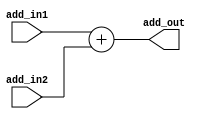
module lab2_addition (add_in1, add_in2, add_out); 

input [1:0] add_in1, add_in2;
output [2:0] add_out;

assign add_out = add_in1 + add_in2;
    
endmodule